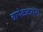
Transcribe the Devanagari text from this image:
चापेककरांना